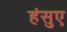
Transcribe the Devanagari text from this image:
हंसुए